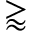
\gtrapprox